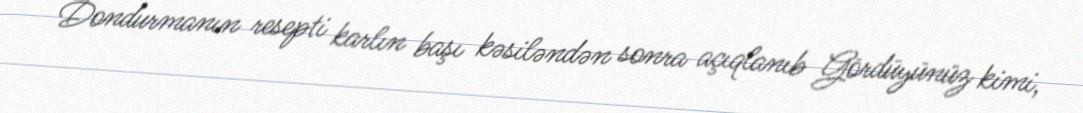
Dondurmanın resepti karlın başı kəsiləndən sonra açıqlanıb Gördüyünüz kimi,